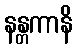
နန္တကာနိ